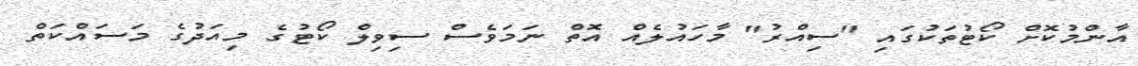
އާންމުކޮށް ކޯޓުތަކުގައި "ސިއްރު" މާހައުލެއް އޮތް ނަމަވެސް ސިވިލް ކޯޓުގެ މިއަދުގެ މަސައްކަތް